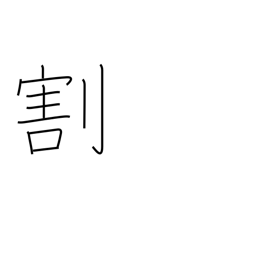
Meaning: separate